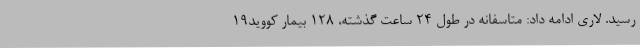
رسید. لاری ادامه داد: متاسفانه در طول 24 ساعت گذشته، 128 بیمار کووید19